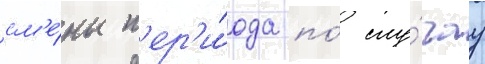
см'е́ны п'ер'и́ода по́ слу́чау